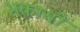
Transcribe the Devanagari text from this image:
भक्तासी